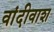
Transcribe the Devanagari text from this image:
वांदीवाश